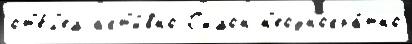
от'е́л'ем акт'и́вно С'имон н'еоднокра́тно